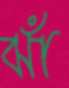
ঝাঁ